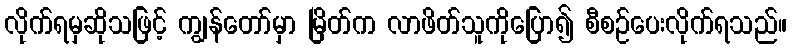
လိုက်ရမှဆိုသဖြင့် ကျွန်တော်မှာ မြိတ်က လာဖိတ်သူကိုပြော၍ စီစဉ်ပေးလိုက်ရသည်။